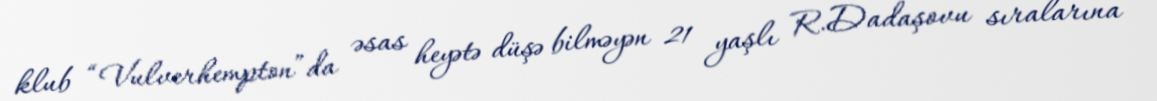
klub “Vulverhempton”da əsas heyətə düşə bilməyən 21 yaşlı R.Dadaşovu sıralarına